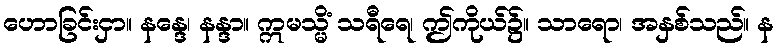
ဟောခြင်းငှာ။ နန္ဒေ၊ နန္ဒာ။ ဣမသ္မိံ သရီရေ၊ ဤကိုယ်၌။ သာရော၊ အနှစ်သည်။ န